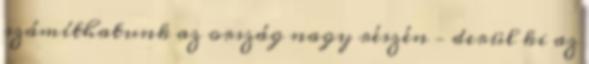
számíthatunk az ország nagy részén – derül ki az